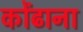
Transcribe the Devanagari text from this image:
कोंढाना